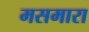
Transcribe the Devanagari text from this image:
मसमारा